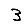
Digit: 3